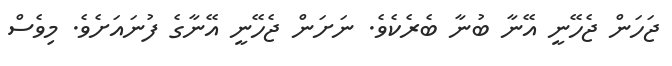
ޖަހަން ޖެހޭނީ އޭނާ ބުނާ ބެރެކެވެ. ނަށަން ޖެހޭނީ އޭނާގެ ފުނައަށެވެ. މިވެސް